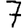
Digit: 7